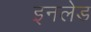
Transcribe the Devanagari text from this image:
इनलेड